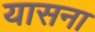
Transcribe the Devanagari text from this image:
यासना